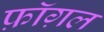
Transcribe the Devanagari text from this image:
फ़ॉग़ल